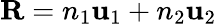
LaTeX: \mathbf{R}=n_{1}\mathbf{u}_{1}+n_{2}\mathbf{u}_{2}